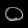
Digit: ၀